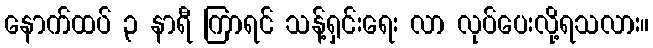
နောက်ထပ် ၃ နာရီ ကြာရင် သန့်ရှင်းရေး လာ လုပ်ပေးလို့ရသလား။